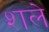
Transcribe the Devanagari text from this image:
शले